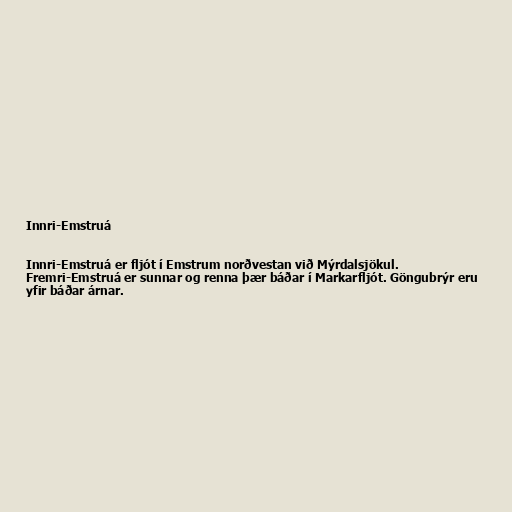
Innri-Emstruá

Innri-Emstruá er fljót í Emstrum norðvestan við Mýrdalsjökul.
Fremri-Emstruá er sunnar og renna þær báðar í Markarfljót. Göngubrýr eru
yfir báðar árnar.